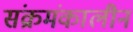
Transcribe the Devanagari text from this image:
संक्रमंकालीन